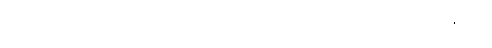
ဝိပဿိဘဂဝါ၊ ဝိပဿီဘုရားသည်။ ယကပ္ပေ၊ အကြင်သာရမန္တကမ္ဘာ၌။